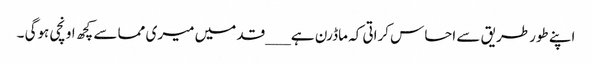
اپنے طورطریق سے احساس کراتی کہ ماڈرن ہے ___قد میں میری مما سے کچھ اونچی ہوگی ۔